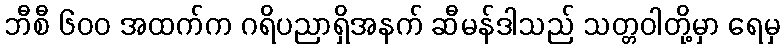
ဘီစီ ၆၀၀ အထက်က ဂရိပညာရှိအနက် ဆီမန်ဒါသည် သတ္တဝါတို့မှာ ရေမှ